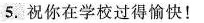
5.祝你在学校过得愉快！